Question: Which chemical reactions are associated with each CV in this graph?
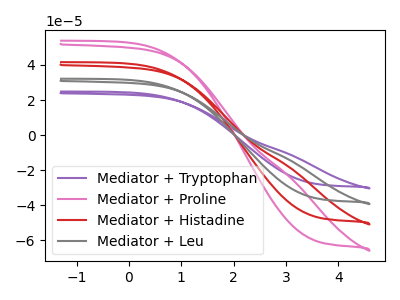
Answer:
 <answer>The purple curve is labeled "Mediator + Tryptophan". The pink curve is labeled "Mediator + Proline". The red curve is labeled "Mediator + Histadine". The gray curve is labeled "Mediator + Leu".</answer>
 <eval></eval>